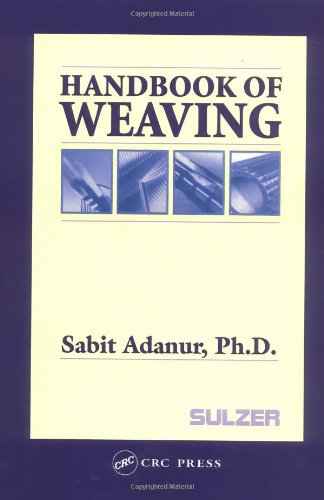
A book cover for Handbook of Weaving; Sabit Adanur; Crafts, Hobbies & Home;